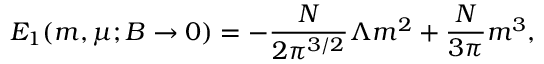
E _ { 1 } ( m , \mu ; B \to 0 ) = - \frac { N } { 2 \pi ^ { 3 / 2 } } \Lambda m ^ { 2 } + \frac { N } { 3 \pi } m ^ { 3 } ,